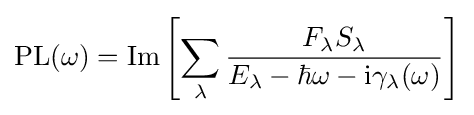
\mathrm {PL} (\omega )=\mathrm {Im} \left[\sum _{\lambda }{\frac {F_{\lambda }S_{\lambda }}{E_{\lambda }-\hbar \omega -\mathrm {i} \gamma _{\lambda }(\omega )}}\right]